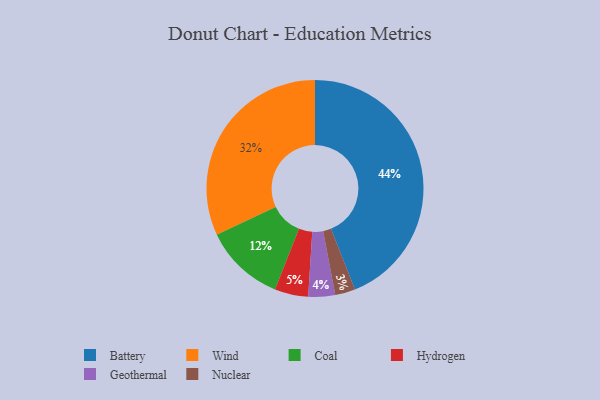
{"axis": {"x": "Category", "y": "Percentage"}, "legend": ["Battery", "Coal", "Geothermal", "Hydrogen", "Nuclear", "Wind"], "data": [{"x": "Wind", "y": 32, "type": "Wind"}, {"x": "Battery", "y": 44, "type": "Battery"}, {"x": "Hydrogen", "y": 5, "type": "Hydrogen"}, {"x": "Nuclear", "y": 3, "type": "Nuclear"}, {"x": "Geothermal", "y": 4, "type": "Geothermal"}, {"x": "Coal", "y": 12, "type": "Coal"}]}